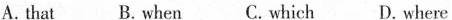
A.that B. when C. which D. Where